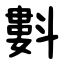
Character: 㪹